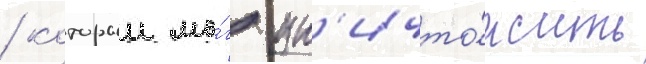
/ которыи мо́г ун'ичто́жить